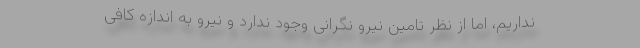
نداریم، اما از نظر تامین نیرو نگرانی وجود ندارد و نیرو به اندازه کافی